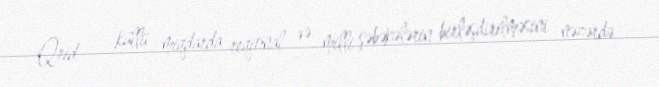
Qrid — küllü miqdarda reqional və milli şəbəkələrin birləşdirilməsini nəzərdə